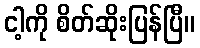
ငါ့ကို စိတ်ဆိုးပြန်ပြီ။